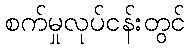
စက်မှုလုပ်ငန်းတွင်